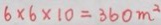
6 \times 6 \times 1 0 = 3 6 0 m ^ { 2 }